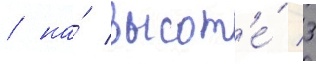
/ на́ высот'е́ 3